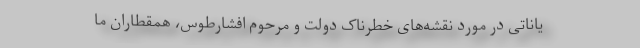
یاناتی در مورد نقشه‌های خطرناک دولت و مرحوم افشارطوس، همقطاران ما